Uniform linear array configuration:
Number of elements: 24
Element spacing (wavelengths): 0.25
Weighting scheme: cosine
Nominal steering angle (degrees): -15
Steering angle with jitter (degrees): -14.814
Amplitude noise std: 0.05
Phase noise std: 0.05

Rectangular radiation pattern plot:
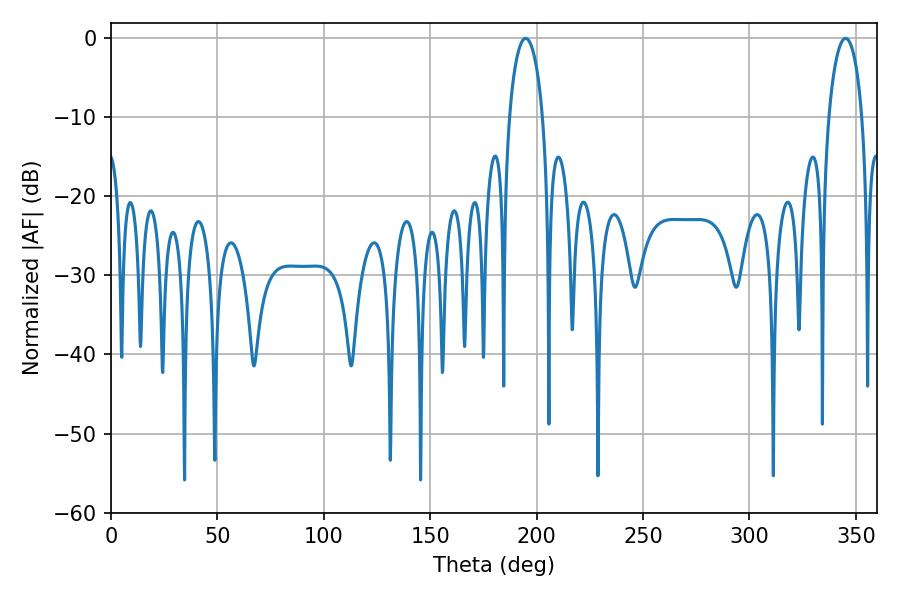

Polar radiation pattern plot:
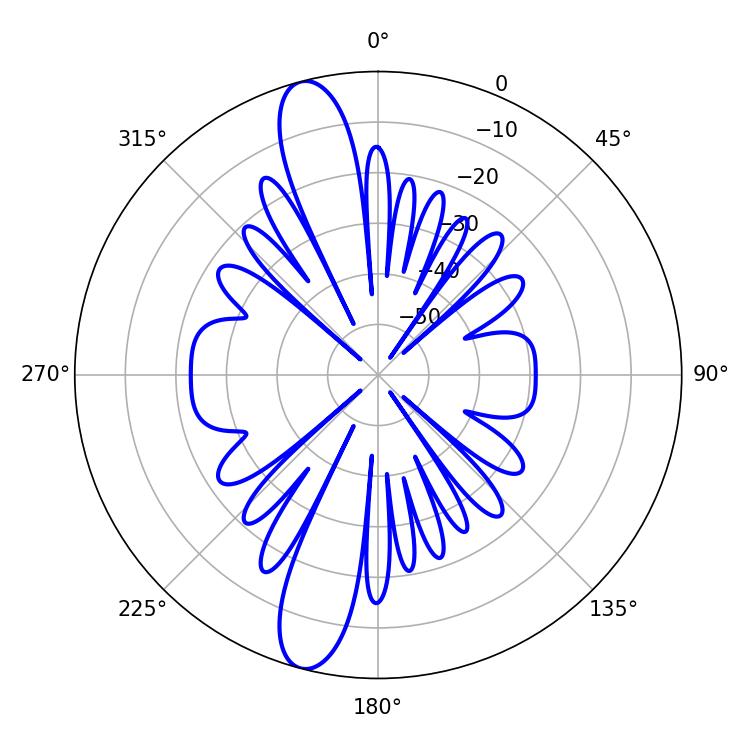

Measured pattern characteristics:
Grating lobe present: FALSE
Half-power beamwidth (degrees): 9
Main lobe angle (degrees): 194.76